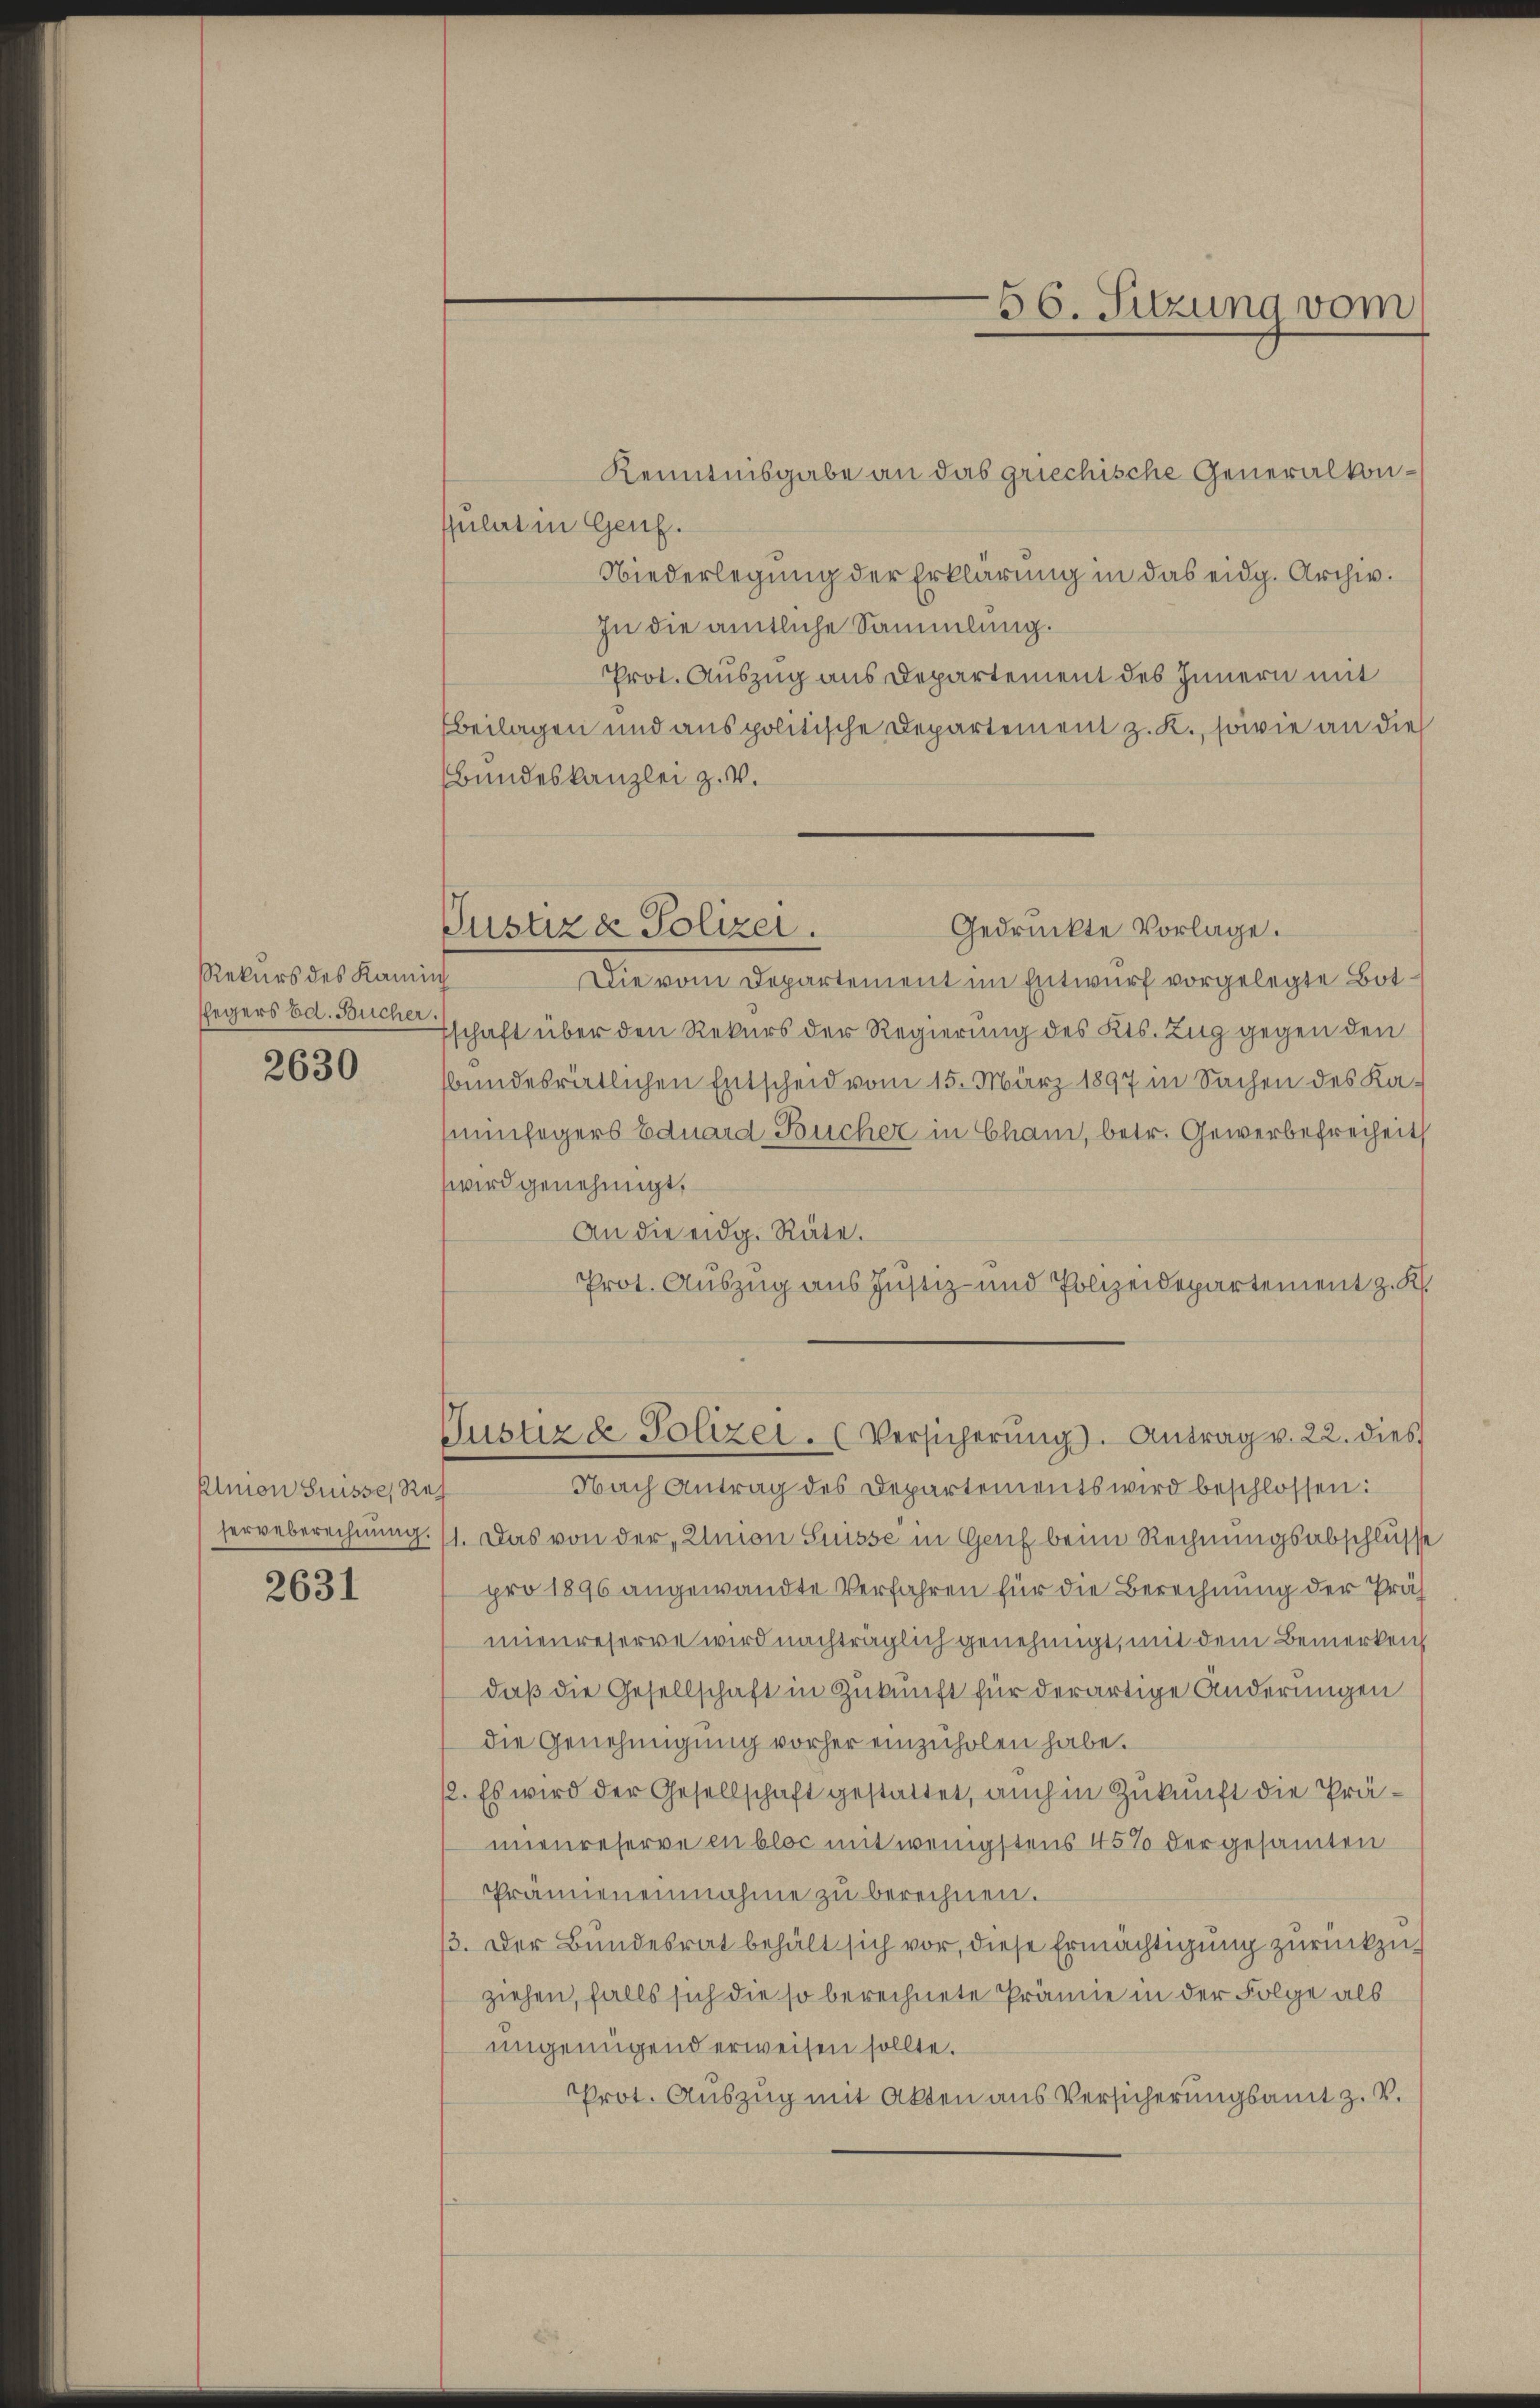
Rekurs des Kami
shegers Ed. Bucher

2630

Alnion Suisse, Rehergeberechnung.

2631

sulat in Genf.
Niederlegung der Erklärung in das eidg. Archiv.
In die amtliche Sammlung.
Prot. Auszug aus Departement des Innern mit
beilagen und aus politische Departement z. K., sowie an die
Bundeskanzlei z. V.
f
Die vom Departement im Entwurf vorgelegte Botschaft über den Rekurs der Regierung des Kts. Zug gegen den
sbundesrätlichen Entscheid vom 15. März 1897 in Sachen des Kaninfegers Eduard Bücher in Cham, betr. Gewerbefreiheit
wird genehmigt,
An die eidg. Räte.
Prot. Auszug aus Justiz- und Polizeidepartement z. K.
Justiz & Polizei. (Versicherŭng. Antrag v. 22. dies
Nach Antrag des Departements wird beschlossen:
1. Das von der Amon Suisse in Genf beim Rechnungsabschlusse
pro 1896 angewandte Verfahren für die Berechnung der Präs
mnenreserve wird nachträglich genehmigt, mit dem Bemerken
daß die Gesellschaft in Zukunft für derartige Änderungen
die Genehmigŭng vorher einzŭholen habe.
2. Es wird der Gesellschaft gestattet, auch in Zukunft die Prämnenreserve en bloc mit wenigstens 45% der gesamten
Pranneneinnahme zu berechnen.
3. Der Bundesrat behält sich vor, diese Ermächtigung zurückzuziehen, falls sich die so berechnete Prämie in der Folge als
ungenügend erweisen sollte.
Prot. Auszug mit Akten aus Versicherungsamt z. V.

Kenntnisgabe an das griechische Generalkon¬

Justiz & Polizei.
Gedrückte Vorlage.

56. Sitzung vom